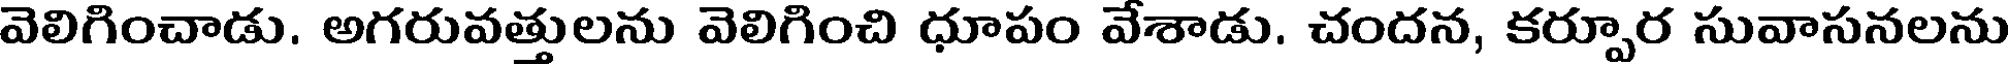
వెలిగించాడు. అగరువత్తులను వెలిగించి ధూపం వేశాడు. చందన, కర్పూర సువాసనలను